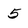
Character: 5